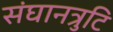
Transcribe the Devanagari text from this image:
संघानत्रुटि